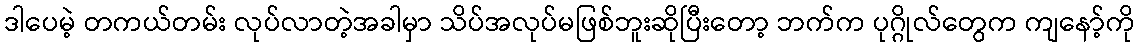
ဒါပေမဲ့ တကယ်တမ်း လုပ်လာတဲ့အခါမှာ သိပ်အလုပ်မဖြစ်ဘူးဆိုပြီးတော့ ဘက်က ပုဂ္ဂိုလ်တွေက ကျနော့်ကို